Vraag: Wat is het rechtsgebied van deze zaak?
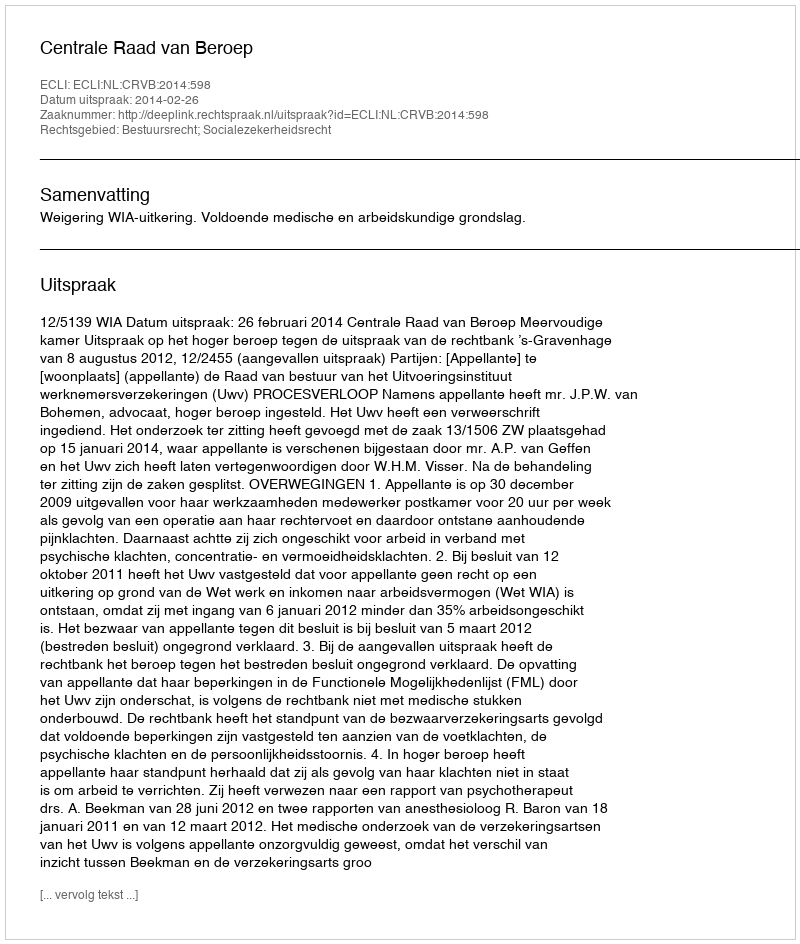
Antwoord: Bestuursrecht; Socialezekerheidsrecht